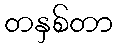
တနှစ်တာ